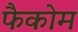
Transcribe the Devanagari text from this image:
फैकोम